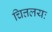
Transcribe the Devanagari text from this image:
चित्तलयः